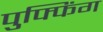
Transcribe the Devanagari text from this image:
पुफ्फिंग